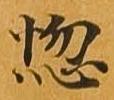
悩